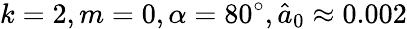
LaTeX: k=2,m=0,\alpha=80^{\circ},\hat{a}_{0}\approx 0.002